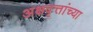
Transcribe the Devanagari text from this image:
अक्षवृत्तांच्या